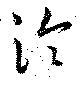
泠